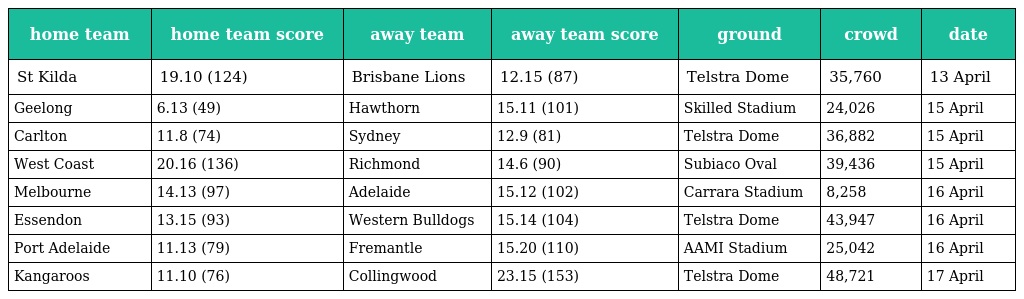
| home team | home team score | away team | away team score | ground | crowd | date |
 | --- | --- | --- | --- | --- | --- | --- |
 | St Kilda | 19.10 (124) | Brisbane Lions | 12.15 (87) | Telstra Dome | 35,760 | 13 April |
 | Geelong | 6.13 (49) | Hawthorn | 15.11 (101) | Skilled Stadium | 24,026 | 15 April |
 | Carlton | 11.8 (74) | Sydney | 12.9 (81) | Telstra Dome | 36,882 | 15 April |
 | West Coast | 20.16 (136) | Richmond | 14.6 (90) | Subiaco Oval | 39,436 | 15 April |
 | Melbourne | 14.13 (97) | Adelaide | 15.12 (102) | Carrara Stadium | 8,258 | 16 April |
 | Essendon | 13.15 (93) | Western Bulldogs | 15.14 (104) | Telstra Dome | 43,947 | 16 April |
 | Port Adelaide | 11.13 (79) | Fremantle | 15.20 (110) | AAMI Stadium | 25,042 | 16 April |
 | Kangaroos | 11.10 (76) | Collingwood | 23.15 (153) | Telstra Dome | 48,721 | 17 April |